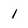
Character: 1